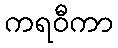
ကရဝီကာ